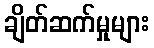
ချိတ်ဆက်မှုများ